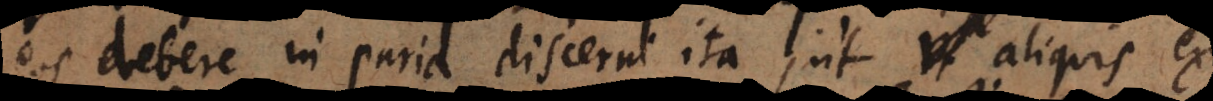
eos debere in paria discerni ita ut aliquis ex